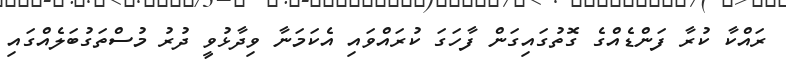
ރައްކާ ކުރާ ފަންޑެއްގެ ގޮތުގައިގަން ފާހަގަ ކުރައްވައި އެކަމަނާ ވިދާޅުވީ ދުރު މުސްތަގުބަލެއްގައި